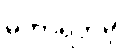
မဟာရဟမှိ